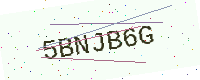
Text: 5BNJB6G